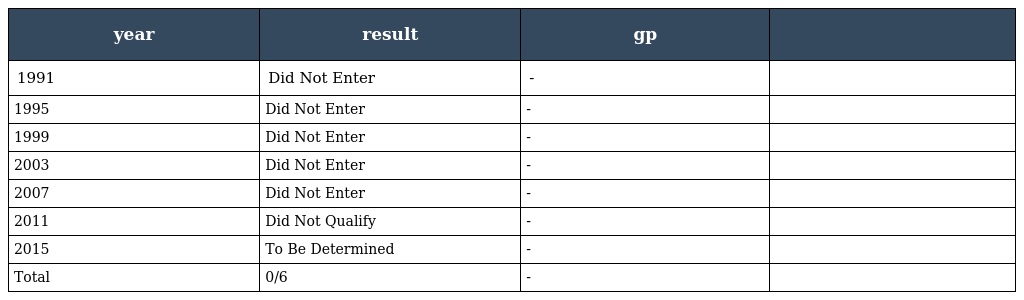
| year | result | gp |  |
 | --- | --- | --- | --- |
 | 1991 | Did Not Enter | - |  |
 | 1995 | Did Not Enter | - |  |
 | 1999 | Did Not Enter | - |  |
 | 2003 | Did Not Enter | - |  |
 | 2007 | Did Not Enter | - |  |
 | 2011 | Did Not Qualify | - |  |
 | 2015 | To Be Determined | - |  |
 | Total | 0/6 | - |  |